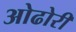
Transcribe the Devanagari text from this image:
ओढोरी